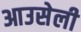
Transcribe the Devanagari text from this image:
आउसेली